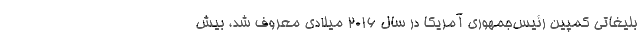
بلیغاتی کمپین رئیس‌جمهوری آمریکا در سال ۲۰۱۶ میلادی معروف شد، بیش